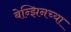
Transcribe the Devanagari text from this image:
बेन्झिनच्या